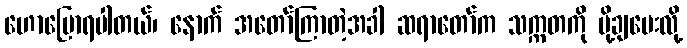
ဟောပြောရပါတယ်၊ နောက် အတော်ကြာတဲ့အခါ ဆရာတော်က သက္ကတကို ပို့ချပေးလို့